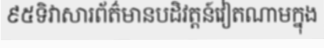
៩៥ទិវាសារព័ត៌មានបដិវត្តន៍វៀតណាមក្នុង